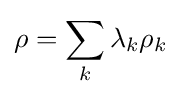
\rho =\sum _{k}\lambda _{k}\rho _{k}